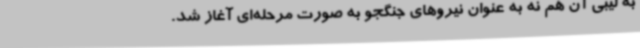
به لیبی آن هم نه به عنوان نیروهای جنگجو به صورت مرحله‌ای آغاز شد.